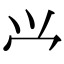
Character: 𰃮